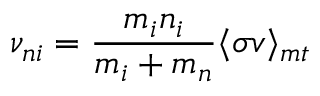
{ \nu _ { n i } } = \frac { m _ { i } { n _ { i } } } { m _ { i } + m _ { n } } \langle \sigma v \rangle _ { m t }